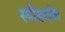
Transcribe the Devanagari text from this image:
स्पीडबॉल